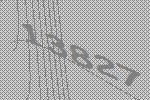
13827